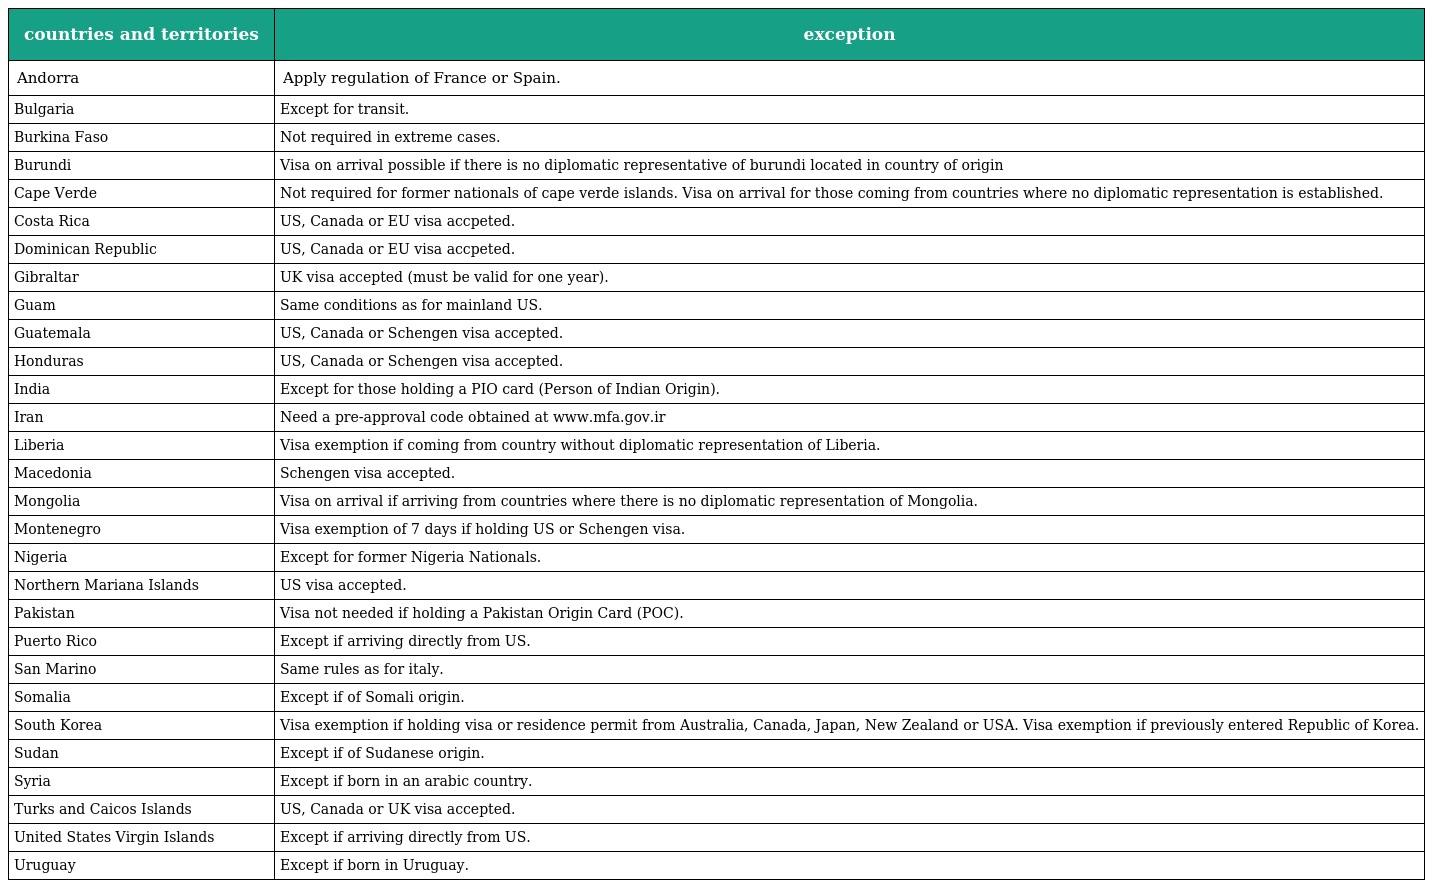
| countries and territories | exception |
 | --- | --- |
 | Andorra | Apply regulation of France or Spain. |
 | Bulgaria | Except for transit. |
 | Burkina Faso | Not required in extreme cases. |
 | Burundi | Visa on arrival possible if there is no diplomatic representative of burundi located in country of origin |
 | Cape Verde | Not required for former nationals of cape verde islands. Visa on arrival for those coming from countries where no diplomatic representation is established. |
 | Costa Rica | US, Canada or EU visa accpeted. |
 | Dominican Republic | US, Canada or EU visa accpeted. |
 | Gibraltar | UK visa accepted (must be valid for one year). |
 | Guam | Same conditions as for mainland US. |
 | Guatemala | US, Canada or Schengen visa accepted. |
 | Honduras | US, Canada or Schengen visa accepted. |
 | India | Except for those holding a PIO card (Person of Indian Origin). |
 | Iran | Need a pre-approval code obtained at www.mfa.gov.ir |
 | Liberia | Visa exemption if coming from country without diplomatic representation of Liberia. |
 | Macedonia | Schengen visa accepted. |
 | Mongolia | Visa on arrival if arriving from countries where there is no diplomatic representation of Mongolia. |
 | Montenegro | Visa exemption of 7 days if holding US or Schengen visa. |
 | Nigeria | Except for former Nigeria Nationals. |
 | Northern Mariana Islands | US visa accepted. |
 | Pakistan | Visa not needed if holding a Pakistan Origin Card (POC). |
 | Puerto Rico | Except if arriving directly from US. |
 | San Marino | Same rules as for italy. |
 | Somalia | Except if of Somali origin. |
 | South Korea | Visa exemption if holding visa or residence permit from Australia, Canada, Japan, New Zealand or USA. Visa exemption if previously entered Republic of Korea. |
 | Sudan | Except if of Sudanese origin. |
 | Syria | Except if born in an arabic country. |
 | Turks and Caicos Islands | US, Canada or UK visa accepted. |
 | United States Virgin Islands | Except if arriving directly from US. |
 | Uruguay | Except if born in Uruguay. |